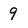
Character: 9